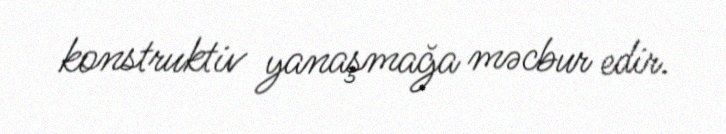
konstruktiv yanaşmağa məcbur edir.